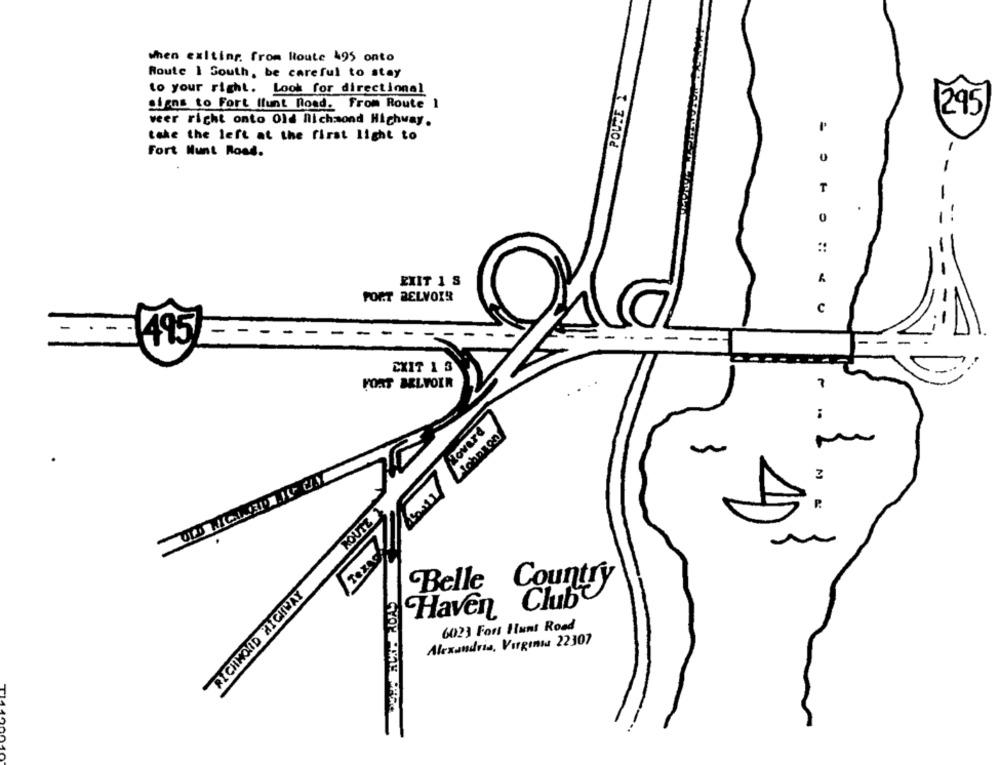
when exiting. from Route 495 onto
Route 1 South, be careful to stay
to your right. Look for directional
POUZE 1
siens to Fort Ilunt Road. From Route 1
295
veer richt onto Old ilichmond Highway.
take the left at the first light to
Fort Nunt Road.
-
-
EXIT 1 S
FORT BELVOIR
. .... .
c
495
EXIT 1 3
FORT BELVOIR
7
Rover'd
~
3
P.
ROUTE
TexAg
Belle Country
RICHMOND HIGHWAY
Haven Club
6023 Fors Hunt Road
Alexandria, Virginia 22307
TI